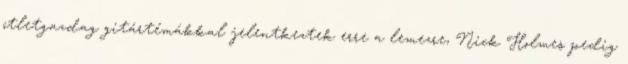
ötletgazdag gitártémákkal jelentkeztek erre a lemezre, Nick Holmes pedig